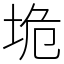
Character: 垝